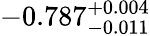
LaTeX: -0.787_{-0.011}^{+0.004}